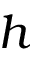
h